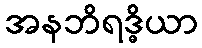
အနဘိရဒ္ဓိယာ